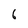
Character: 6